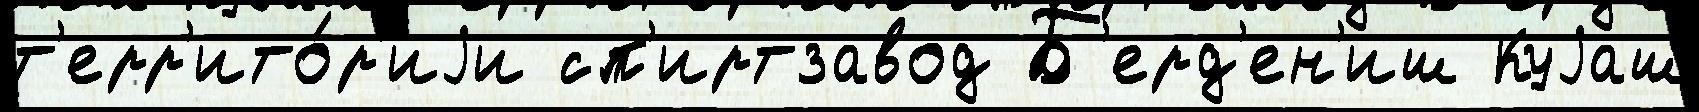
т'ерр'ито́р'иjи сп'иртзавод Б'ерд'ен'иш Куjаш